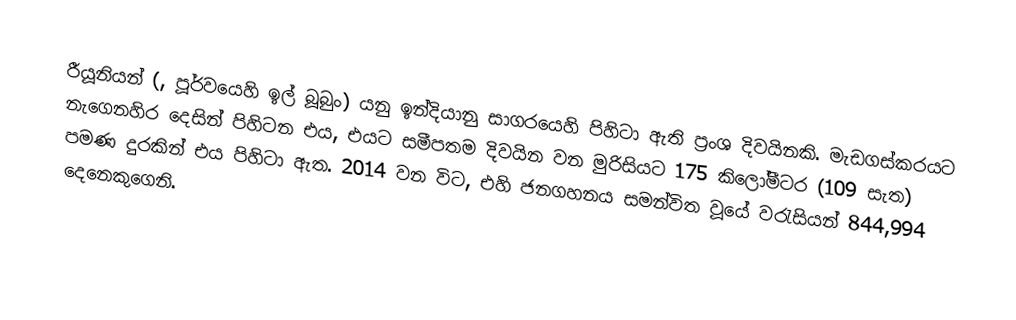
රීයූනියන් (, පූර්වයෙහි ඉල් බූබුං) යනු  ඉන්දියානු සාගරයෙහි පිහිටා ඇති ප්‍රංශ දිවයිනකි. මැඩගස්කරයට නැගෙනහිර දෙසින් පිහිටන එය, එයට සමීපතම දිවයින වන  මුරිසියට 175 කිලෝමීටර (109 සැත) පමණ දුරකින් එය පිහිටා ඇත. 2014 වන විට, එහි ජනගහනය සමන්විත වූයේ වරැසියන් 844,994 දෙනෙකුගෙනි.